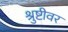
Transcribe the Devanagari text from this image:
श्रुष्टीवर